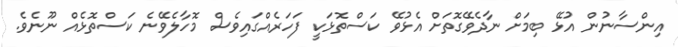
އިންސާނުން އުޅޭ ބިމަށް ނާދެވޭގޮތަށް އެޅުވޭ ކަސްތޮޅަކީ ފަހަރެއްގައިވެސް މޮހާލެވޭނެ ކަސްތޮޅެއް ނޫނެވެ.